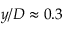
y / D \approx 0 . 3